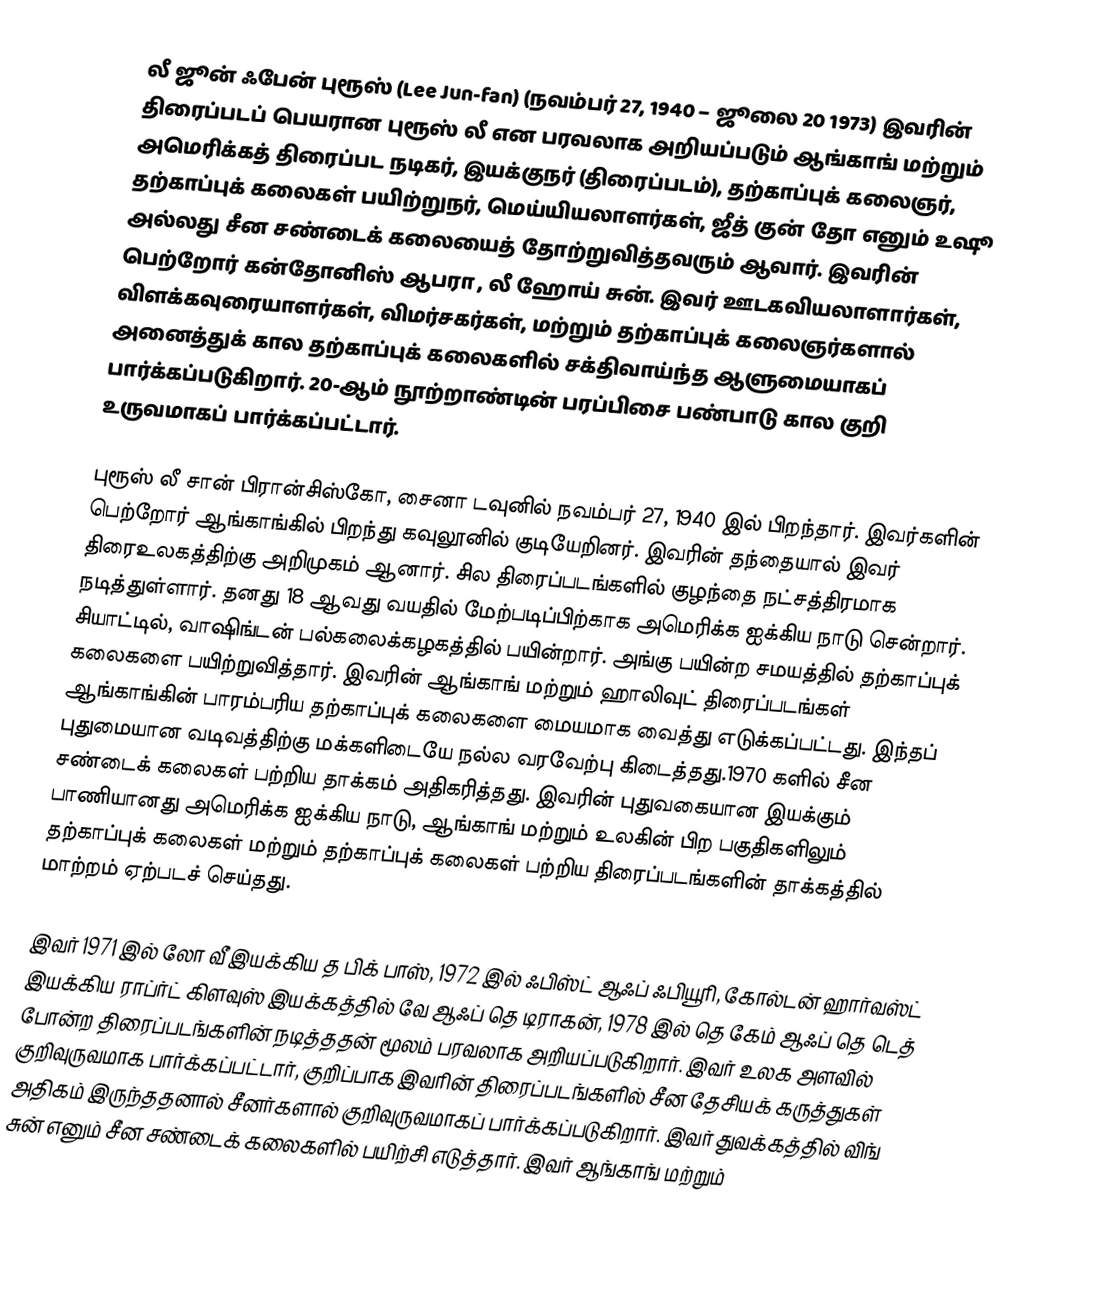
லீ ஜூன் ஃபேன் புரூஸ் (Lee Jun-fan) (நவம்பர் 27, 1940 – ஜூலை 20 1973)  இவரின் திரைப்படப் பெயரான புரூஸ் லீ என பரவலாக அறியப்படும் ஆங்காங் மற்றும் அமெரிக்கத் திரைப்பட நடிகர், இயக்குநர் (திரைப்படம்), தற்காப்புக் கலைஞர், தற்காப்புக் கலைகள் பயிற்றுநர், மெய்யியலாளர்கள், ஜீத் குன் தோ எனும் உஷூ அல்லது  சீன சண்டைக் கலையைத் தோற்றுவித்தவரும் ஆவார்.  இவரின் பெற்றோர் கன்தோனிஸ் ஆபரா , லீ ஹோய் சுன். இவர் ஊடகவியலாளார்கள், விளக்கவுரையாளர்கள், விமர்சகர்கள், மற்றும் தற்காப்புக் கலைஞர்களால் அனைத்துக் கால தற்காப்புக் கலைகளில் சக்திவாய்ந்த ஆளுமையாகப் பார்க்கப்படுகிறார். 20-ஆம் நூற்றாண்டின் பரப்பிசை பண்பாடு கால குறி உருவமாகப் பார்க்கப்பட்டார்.

புரூஸ் லீ சான் பிரான்சிஸ்கோ, சைனா டவுனில் நவம்பர் 27, 1940 இல் பிறந்தார். இவர்களின் பெற்றோர் ஆங்காங்கில் பிறந்து கவுலூனில் குடியேறினர். இவரின் தந்தையால் இவர் திரைஉலகத்திற்கு அறிமுகம் ஆனார். சில திரைப்படங்களில் குழந்தை நட்சத்திரமாக நடித்துள்ளார். தனது 18 ஆவது வயதில் மேற்படிப்பிற்காக அமெரிக்க ஐக்கிய நாடு சென்றார். சியாட்டில், வாஷிங்டன் பல்கலைக்கழகத்தில் பயின்றார். அங்கு பயின்ற சமயத்தில் தற்காப்புக் கலைகளை பயிற்றுவித்தார். இவரின் ஆங்காங் மற்றும் ஹாலிவுட் திரைப்படங்கள் ஆங்காங்கின் பாரம்பரிய தற்காப்புக் கலைகளை மையமாக வைத்து எடுக்கப்பட்டது. இந்தப் புதுமையான வடிவத்திற்கு மக்களிடையே நல்ல வரவேற்பு கிடைத்தது.1970 களில் சீன சண்டைக் கலைகள் பற்றிய தாக்கம் அதிகரித்தது. இவரின் புதுவகையான இயக்கும் பாணியானது அமெரிக்க ஐக்கிய நாடு, ஆங்காங் மற்றும் உலகின் பிற பகுதிகளிலும் தற்காப்புக் கலைகள் மற்றும் தற்காப்புக் கலைகள் பற்றிய திரைப்படங்களின் தாக்கத்தில் மாற்றம் ஏற்படச் செய்தது.

இவர் 1971 இல் லோ வீ இயக்கிய  த பிக் பாஸ், 1972 இல் ஃபிஸ்ட் ஆஃப் ஃபியூரி, கோல்டன் ஹார்வஸ்ட் இயக்கிய ராப்ர்ட் கிளவுஸ் இயக்கத்தில் வே ஆஃப் தெ டிராகன், 1978 இல் தெ கேம் ஆஃப் தெ டெத் போன்ற திரைப்படங்களின் நடித்ததன் மூலம் பரவலாக அறியப்படுகிறார். இவர் உலக அளவில் குறிவுருவமாக பார்க்கப்பட்டார், குறிப்பாக இவரின் திரைப்படங்களில் சீன தேசியக் கருத்துகள் அதிகம் இருந்ததனால் சீனர்களால் குறிவுருவமாகப் பார்க்கப்படுகிறார். இவர் துவக்கத்தில் விங் சுன் எனும் சீன சண்டைக் கலைகளில் பயிற்சி எடுத்தார். இவர் ஆங்காங் மற்றும்